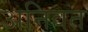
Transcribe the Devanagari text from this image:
अनिवत